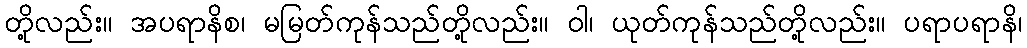
တို့လည်း။ အပရာနိစ၊ မမြတ်ကုန်သည်တို့လည်း။ ဝါ၊ ယုတ်ကုန်သည်တို့လည်း။ ပရာပရာနိ၊